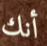
أنك